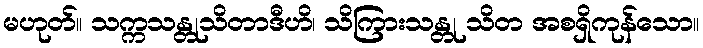
မဟုတ်။ သက္ကသန္တုသိတာဒီဟိ၊ သိကြားသန္တု သိတ အစရှိကုန်သော။